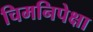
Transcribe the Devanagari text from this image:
चिमनिपेक्षा